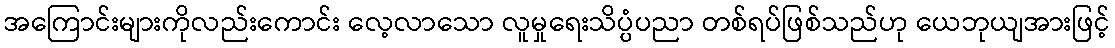
အကြောင်းများကိုလည်းကောင်း လေ့လာသော လူမှုရေးသိပ္ပံပညာ တစ်ရပ်ဖြစ်သည်ဟု ယေဘုယျအားဖြင့်